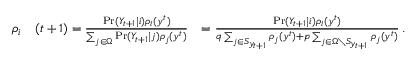
\begin{array} { r l r } { \rho _ { i } } & { ( t + 1 ) = \frac { \operatorname* { P r } ( Y _ { t + 1 } \mid i ) \rho _ { i } ( y ^ { t } ) } { \sum _ { j \in \Omega } \operatorname* { P r } ( Y _ { t + 1 } \mid j ) \rho _ { j } ( y ^ { t } ) } } & { = \frac { \operatorname* { P r } ( Y _ { t + 1 } \mid i ) \rho _ { i } ( y ^ { t } ) } { q \sum _ { j \in S _ { y _ { t + 1 } } } \rho _ { j } ( y ^ { t } ) + p \sum _ { j \in \Omega \setminus S _ { y _ { t + 1 } } } \rho _ { j } ( y ^ { t } ) } \, . } \end{array}